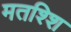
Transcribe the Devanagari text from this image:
मतश्शि